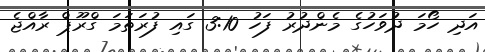
އަދި ހޯމަ ދުވަހުގެ މެންދުރު ފަހު 3:10 ގައި ފުރަތަމަ ގްރޫޕް ރާއްޖެ